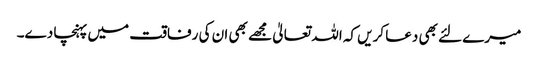
میرے لئے بھی دعا کریں کہ اللہ تعالیٰ مجھے بھی ان کی رفاقت میں پہنچا دے۔